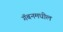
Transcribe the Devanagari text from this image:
गॅबनमधील